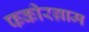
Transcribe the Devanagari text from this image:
फकीरग्राम